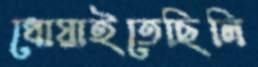
ধোয়াইতেছিলি